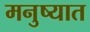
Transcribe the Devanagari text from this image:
मनुष्यात